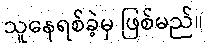
သူနေရစ်ခဲ့မှ ဖြစ်မည်။